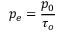
p _ { e } = { \frac { p _ { 0 } } { \tau _ { o } } }